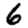
Digit: 6